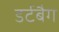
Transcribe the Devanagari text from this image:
डर्टबैग